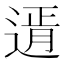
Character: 𨕆